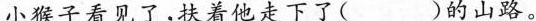
小猴子看见了，扶着他走下了( )的山路。